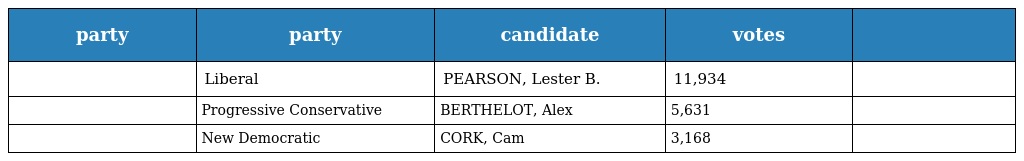
| party | party | candidate | votes |  |
 | --- | --- | --- | --- | --- |
 |  | Liberal | PEARSON, Lester B. | 11,934 |  |
 |  | Progressive Conservative | BERTHELOT, Alex | 5,631 |  |
 |  | New Democratic | CORK, Cam | 3,168 |  |